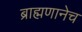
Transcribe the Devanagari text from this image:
ब्राह्मणानेच